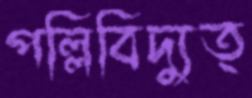
পল্লিবিদ্যুত্